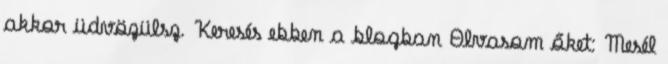
akkor üdvözülsz. Keresés ebben a blogban Olvasom őket: Mesél